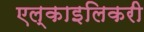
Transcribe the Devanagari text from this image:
एल्काइलिकरी